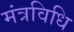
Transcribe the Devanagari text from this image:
मंत्रविधि